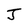
Character: J